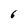
Character: 6